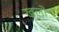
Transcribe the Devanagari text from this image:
खलो